Scientific memoirs by medical officers of the Army of India - Part VIII,
Year: 1894
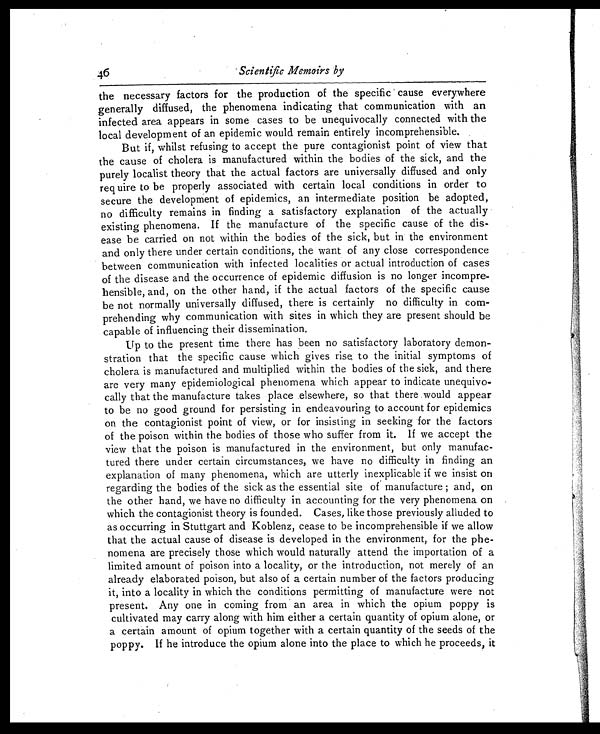
46
Scientific Memoirs by
the necessary factors for the production of the specific cause everywhere
generally diffused, the phenomena indicating that communication with an
infected area appears in some cases to be unequivocally connected with the
local development of an epidemic would remain entirely incomprehensible.
But if, whilst refusing to accept the pure contagionist point of view that
the cause of cholera is manufactured within the bodies of the sick, and the
purely localist theory that the actual factors are universally diffused and only
req wire to be properly associated with certain local conditions in order to
secure the development of epidemics, an intermediate position be adopted,
no difficulty remains in finding a satisfactory explanation of the actually
existing phenomena. If the manufacture of the specific cause of the dis-
ease be carried on not within the bodies of the sick, but in the environment
and only there under certain conditions, the want of any close correspondence
between communication with infected localities or actual introduction of cases
of the disease and the occurrence of epidemic diffusion is no longer incompre-
hensible, and, on the other hand, if the actual factors of the specific cause
be not normally universally diffused, there is certainly no difficulty in com-
prehending why communication with sites in which they are present should be
capable of influencing their dissemination.
Up to the present time there has been no satisfactory laboratory demon-
stration that the specific cause which gives rise to the initial symptoms of
cholera is manufactured and multiplied within the bodies of the sick, and there
are very many epidemiological phenomena which appear to indicate unequivo-
cally that the manufacture takes place elsewhere, so that there would appear
to be no good ground for persisting in endeavouring to account for epidemics
on the contagionist point of view, or for insisting in seeking for the factors
of the poison within the bodies of those who suffer from it. If we accept the
view that the poison is manufactured in the environment, but only manufac-
tured there under certain circumstances, we have no difficulty in finding an
explanation of many phenomena, which are utterly inexplicable if we insist on
regarding the bodies of the sick as the essential site of manufacture and, on
the other hand, we have no difficulty in accounting for the very phenomena on
which the contagionist theory is founded. Cases, like those previously alluded to
as occurring in Stuttgart and Koblenz, cease to be incomprehensible if we allow
that the actual cause of disease is developed in the environment, for the phe-
nomena are precisely those which would naturally attend the importation of a
limited amount of poison into a locality, or the introduction, not merely of an
already elaborated poison, but also of a certain number of the factors producing
it, into a locality in which the conditions permitting of manufacture were not
present. Any one in coming from an area in which the opium poppy is
cultivated may carry along with him either a certain quantity of opium alone, or
a certain amount of opium together with a certain quantity of the seeds of the
poppy. If he introduce the opium alone into the place to which he proceeds, it